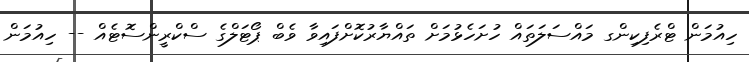
ހިއުމަން ޓްރެފިކިންގ މައްސަލަތައް ހުށަހެޅުމަށް ތައްޔާރުކޮށްފައިވާ ވެބް ޕޯޓަލްގެ ސްކްރީންސޮޓެއް -- ހިއުމަން